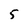
Character: 5